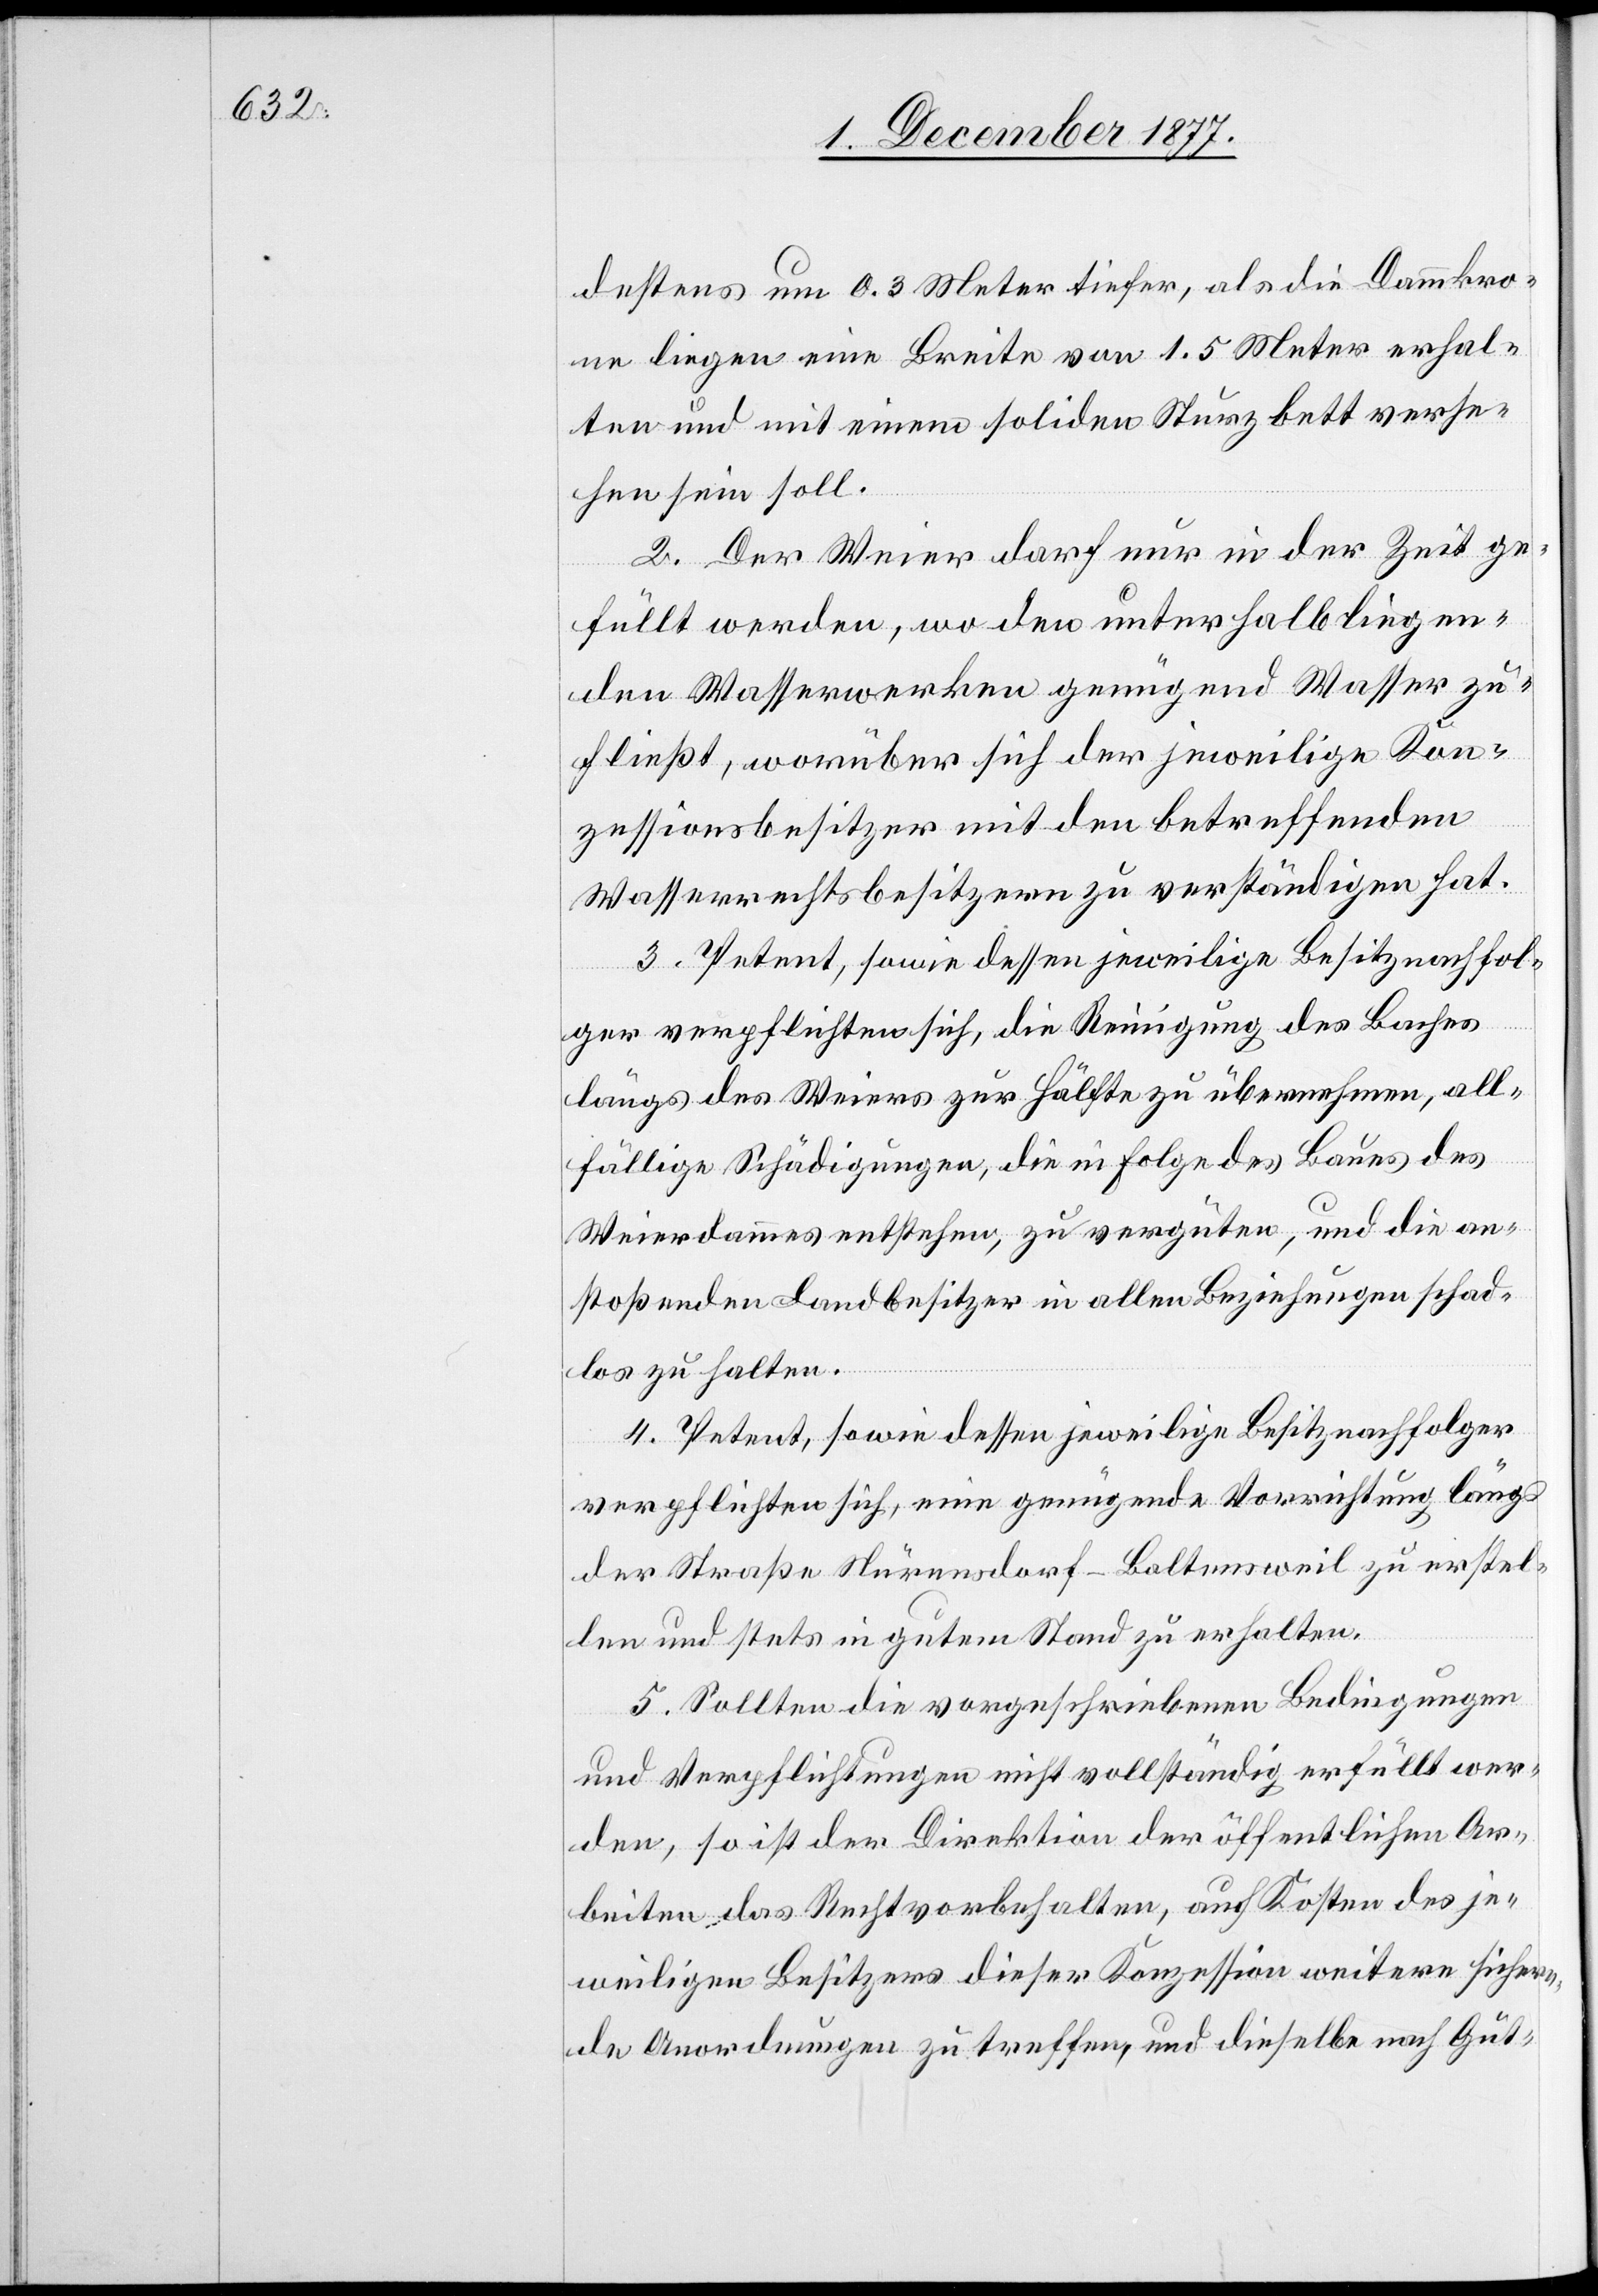
destens um 0.3 Meter tiefer, als die Dammkro¬
ne liegen eine Breite von 1.5 Meter erhal¬
ten und mit einem soliden Sturzbett verse¬
hen sein soll.
2. Der Weier darf nur in der Zeit ge¬
füllt werden, wo den unterhalb liegen¬
den Wasserwerken genügend Wasser zu¬
fließt, worüber sich der jeweilige Kon¬
zessionsbesitzer mit den betreffenden
Wasserrechtsbesitzern zu verständigen hat.
3. Petent, sowie dessen jeweilige Besitznachfol¬
ger verpflichten sich, die Reinigung des Baches
längs des Weiers zur Hälfte zu übernehmen, all¬
fällige Schädigungen, die in Folge des Baues des
Weierdammes entstehen, zu vergüten, und die an¬
stoßenden Landbesitzer in allen Beziehungen schad¬
los zu halten.
4. Petent, sowie dessen jeweilige Besitznachfolger
verpflichten sich, eine genügende Vorrichtung längs
der Straße Nürensdorf–Baltensweil zu erstel¬
len und stets in gutem Stand zu erhalten.
5. Sollten die vorgeschriebenen Bedingungen
und Verpflichtungen nicht vollständig erfüllt wer¬
den, so ist der Direktion der öffentlichen Ar¬
beiten das Recht vorbehalten, auf Kosten des je¬
weiligen Besitzers dieser Konzession weitere sichern¬
de Anordnungen zu treffen, und dieselbe nach Gut-